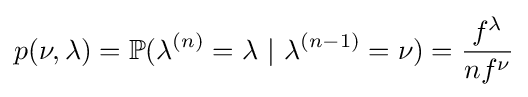
p(\nu ,\lambda )=\mathbb {P} (\lambda ^{(n)}=\lambda ~|~\lambda ^{(n-1)}=\nu )={\frac {f^{\lambda }}{nf^{\nu }}}